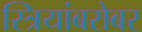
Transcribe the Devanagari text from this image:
स्त्रियांबरोबर